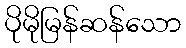
ပိုမိုမြန်ဆန်သော